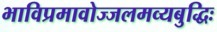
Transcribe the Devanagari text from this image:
भाविप्रमावोज्जलमव्यबुद्धिः